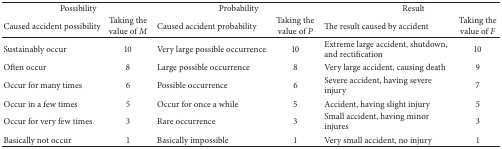
<table><thead><tr><td colspan="2"><b>Possibility</b></td><td colspan="2"><b>Probability </b></td><td colspan="2"><b>Result</b></td></tr><tr><td><b>Caused accident possibility </b></td><td><b>Taking the value of <i>M </i></b></td><td><b>Caused accident probability </b></td><td><b>Taking the value of <i>P </i></b></td><td><b>The result caused by accident </b></td><td><b>Taking the value of <i>F </i></b></td></tr></thead><tbody><tr><td>Sustainably occur</td><td>10</td><td>Very large possible occurrence</td><td>10</td><td>Extreme large accident, shutdown, and rectification</td><td>10</td></tr><tr><td>Often occur</td><td>8</td><td>Large possible occurrence</td><td>8</td><td>Very large accident, causing death</td><td>9</td></tr><tr><td>Occur for many times</td><td>6</td><td>Possible occurrence</td><td>6</td><td>Severe accident, having severe injury</td><td>7</td></tr><tr><td>Occur in a few times</td><td>5</td><td>Occur for once a while</td><td>5</td><td>Accident, having slight injury</td><td>5</td></tr><tr><td>Occur for very few times</td><td>3</td><td>Rare occurrence </td><td>3</td><td>Small accident, having minor injures</td><td>3</td></tr><tr><td>Basically not occur </td><td>1</td><td>Basically impossible </td><td>1</td><td>Very small accident, no injury </td><td>1</td></tr></tbody></table>